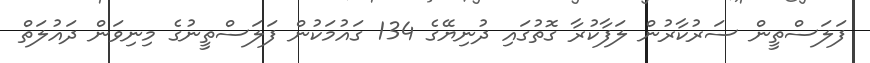
ފަލަސްތީން ސަރުކާރުން ލަފާކުރާ ގޮތުގައި ދުނިޔޭގެ 134 ގައުމަކުން ފަލަސްތީނުގެ މިނިވަން ދައުލަތް